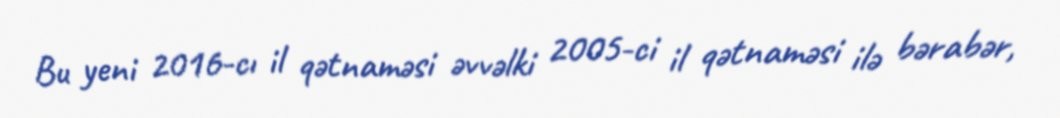
Bu yeni 2016-cı il qətnaməsi əvvəlki 2005-ci il qətnaməsi ilə bərabər,